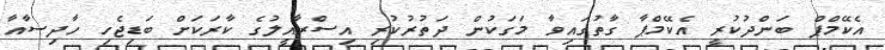
އެކޭމްޕް ބަންދުކުރީ އެކޭމްޕާ ގާތުގައިވާ މަގަކުން ދަތުރުކުރި އިސްރާއީލުގެ ކާރަކަށް ބަޑިޖެހި ހާދިސާއާ